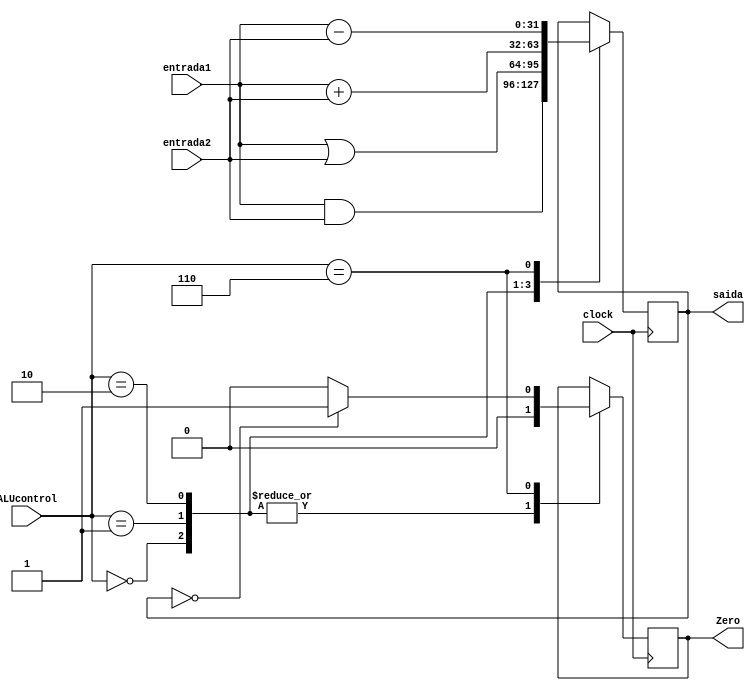
module alu(
    input wire clock,
    input wire [3:0] ALUcontrol,
    input wire [31:0] entrada1,
    input wire [31:0] entrada2,
    output reg [31:0] saida,
    output reg Zero);


    always @(posedge clock) begin

        case (ALUcontrol)

            4'b0000: begin
               saida <= entrada1 & entrada2;
               Zero = 1'b0;
            end

            4'b0001: begin
                saida <= entrada1 | entrada2;
                Zero = 1'b0;
            end

            4'b0010: begin
                saida <= entrada1 + entrada2;
                Zero = 1'b0;
            end

            4'b0110: begin
                saida <= entrada1 - entrada2;

                if (saida == 0) begin
                    Zero = 1'b1;
                end else begin
                    Zero = 1'b0;
                end
            end
        endcase
    end

endmodule